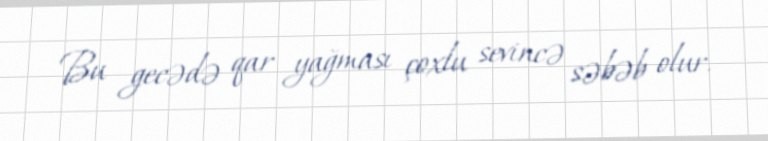
Bu gecədə qar yağması çoxlu sevincə səbəb olur.